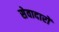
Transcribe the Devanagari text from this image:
सेवादारों